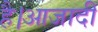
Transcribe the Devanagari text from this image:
है।आजादी